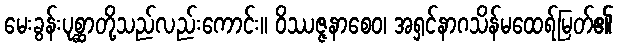
မေးခွန်းပုစ္ဆာတို့သည်လည်းကောင်း။ ဝိဿဇ္ဇနာစေဝ၊ အရှင်နာဂသိန်မထေရ်မြတ်၏